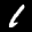
Label: 1